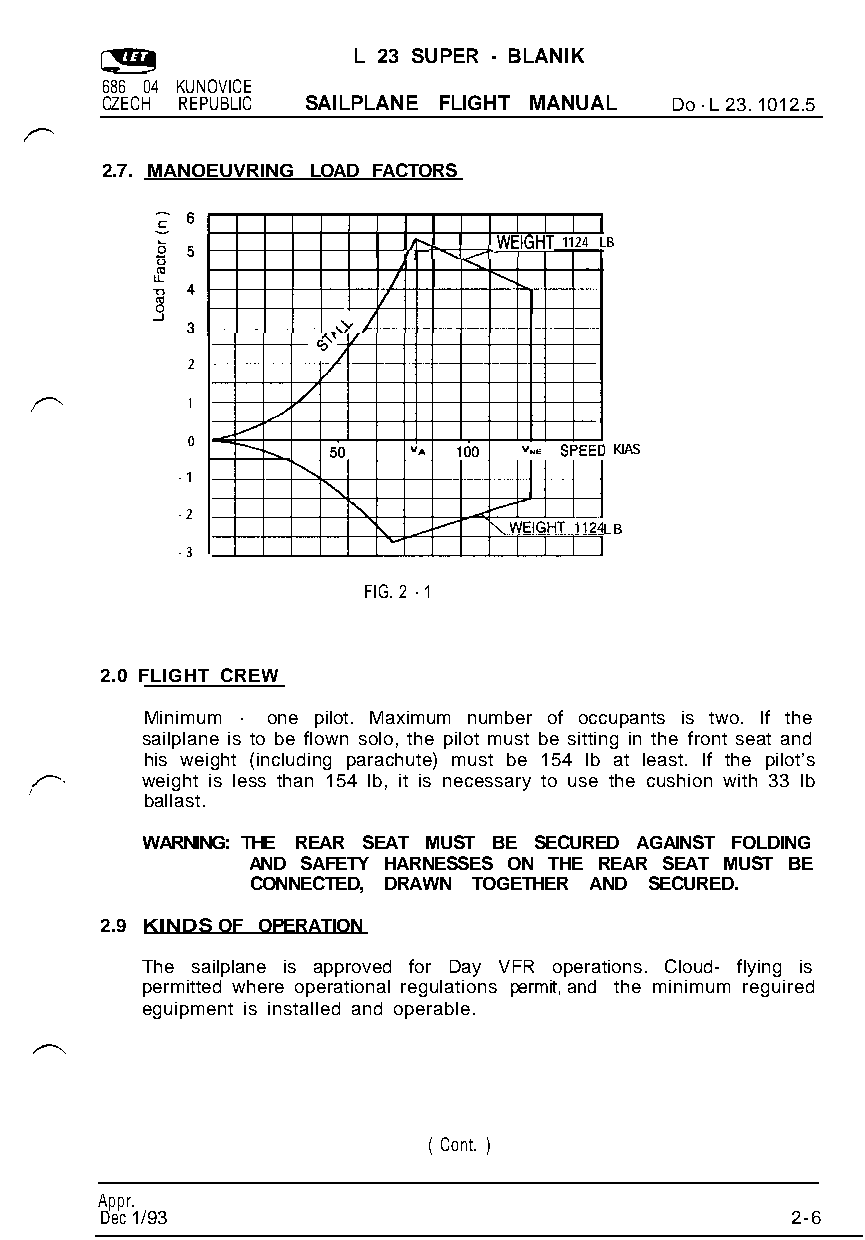
L 23 SUPER - BLANIK
 686 04 KUNOVICE
 CZECH REPUBLIC SAILPLANE FLIGHT MANUAL Do - L 23. 1012.5
 2.7. MANOEUVRING LOAD FACTORS
 1  -WEIGHT 1124 LB
 fl -su./- I I I I
 2
 1
 0
 1 KIAS
 -1
 -2
 LB
 -3
 FIG. 2 - 1
 2.0 FLIGHT CREW
 Minimum - one pilot. Maximum number of occupants is two. If the
 sailplane is to be flown solo, the pilot must be sitting in the front seat and
 his weight (including parachute) must be 154 lb at least. If the pilot’s
 weight is less than 154 lb, it is necessary to use the cushion with 33 lb
 ballast.
 WARNING: THE REAR SEAT MUST BE SECURED AGAINST FOLDING
 AND SAFETY HARNESSES ON THE REAR SEAT MUST BE
 CONNECTED, DRAWN TOGETHER AND SECURED.
 2.9 KINDS OF OPERATION
 The sailplane is approved for Day VFR operations. Cloud- flying is
 permitted where operational regulations permit, and the minimum reguired
 eguipment is installed and operable.
 ( Cont. )
 Appr.
 Dec 1/933                                    2-6